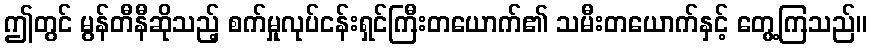
ဤတွင် မွန်တီနီဆိုသည့် စက်မှုလုပ်ငန်းရှင်ကြီးတယောက်၏ သမီးတယောက်နှင့် တွေ့ကြသည်။